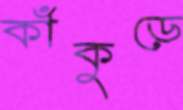
কাঁকুড়ে